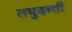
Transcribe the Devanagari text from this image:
लघुदन्ती